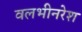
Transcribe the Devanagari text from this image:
वलभीनरेश